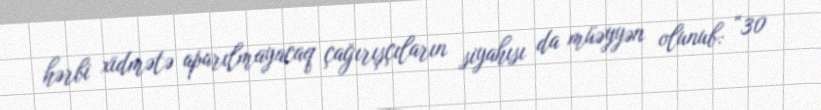
hərbi xidmətə aparılmayacaq çağırışçıların siyahısı da müəyyən olunub: “30